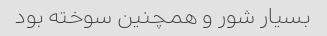
بسیار شور و همچنین سوخته بود